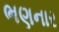
ભણનાર